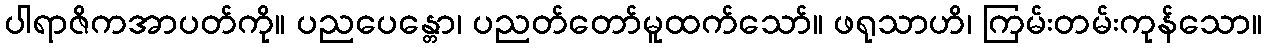
ပါရာဇိကအာပတ်ကို။ ပညပေန္တော၊ ပညတ်တော်မူထက်သော်။ ဖရုသာဟိ၊ ကြမ်းတမ်းကုန်သော။